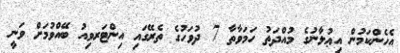
އެހެންކަމުން އިޢުލާނުގެ މުއްދަތު ހަމަވާތާ 7 ދުވަހުގެ ތެރޭގައި އިންޓަރވިއު ބޭއްވުމަށް ވަނީ